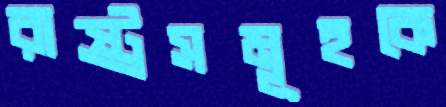
রাষ্ট্রসমূহকে